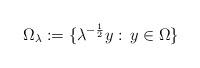
LaTeX: \begin{align*}\Omega_\lambda:=\{\lambda^{-\frac 12}y:\,y\in\Omega\}\end{align*}